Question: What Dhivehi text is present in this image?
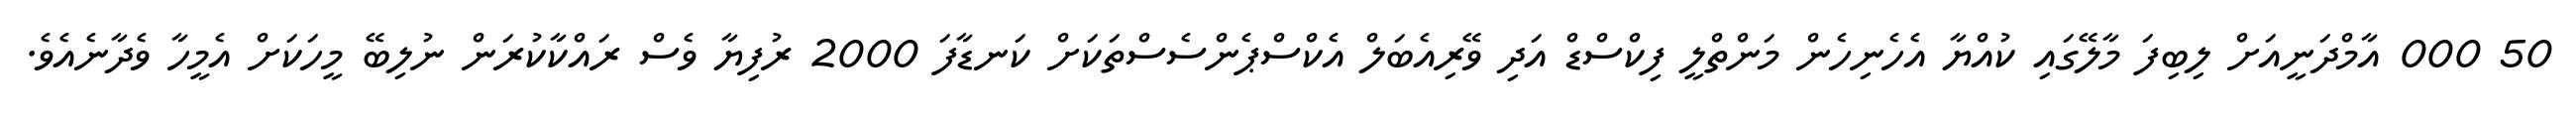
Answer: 50 000 އާމްދަނީއަށް ލިބިފަ މާލޭގައި ކުއްޔާ އެހެނިހެން މަންތްލީ ފިކްސްޑް އަދި ވޭރިއެބަލް އެކްސްޕެންސެސްތަކަށް ކަނޑާފަ 2000 ރުފިޔާ ވެސް ރައްކާކުރަން ނުލިބޭ މީހަކަށް އެމީހާ ވެދާނެއެވެ.